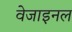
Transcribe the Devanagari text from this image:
वेजाइनल